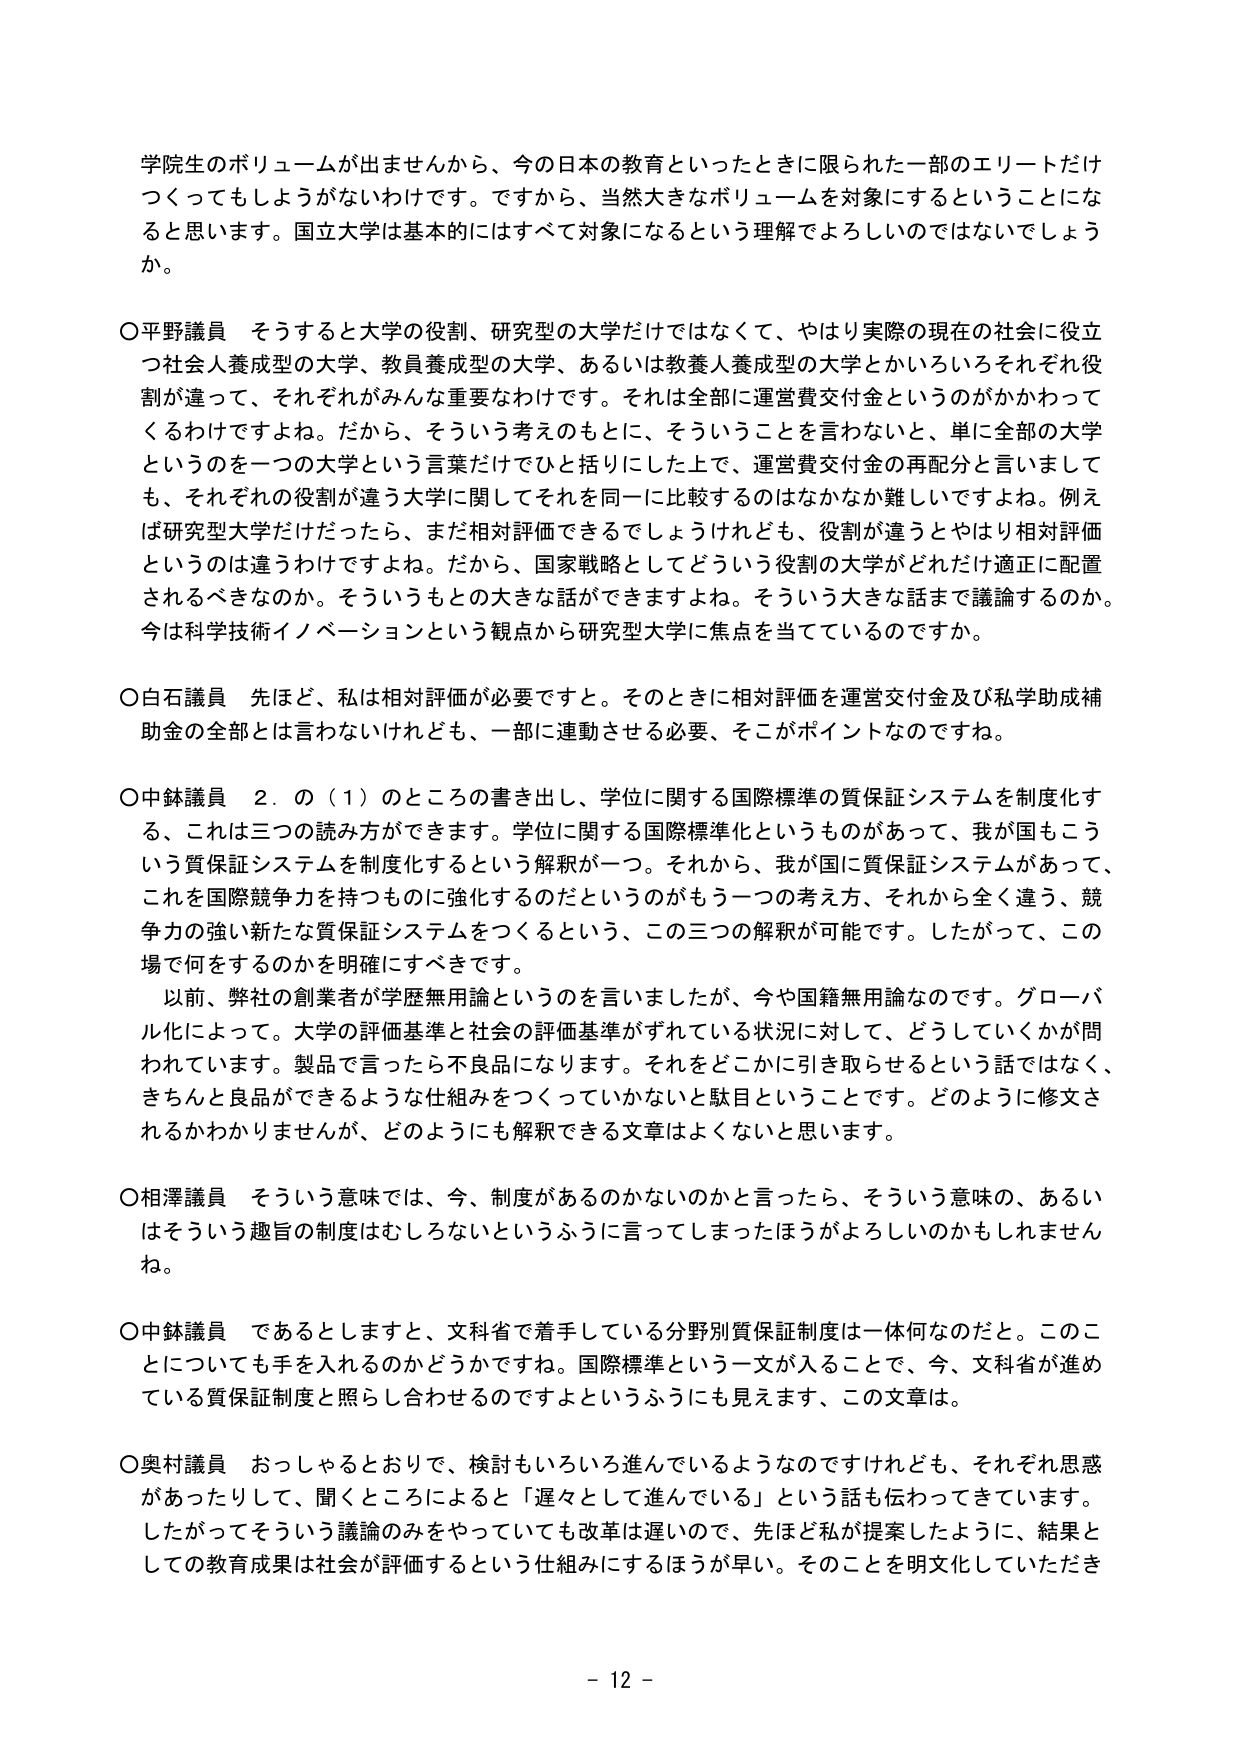
学院生のボリュームが出ませんから、今の日本の教育といったときに限られた一部のエリートだけ
つくってもしようがないわけです。ですから、当然大きなボリュームを対象にするということにな
ると思います。国立大学は基本的にはすべて対象になるという理解でよろしいのではないでしょうか。

○平野議員　そうすると大学の役割、研究型の大学だけではなくて、やはり実際の現在の社会に役立
つ社会人養成型の大学、教員養成型の大学、あるいは教養人養成型の大学とかいろいろそれぞれ役
割が違って、それぞれがみんな重要なわけです。それは全部に運営費交付金というのがかかわって
くるわけですよね。だから、そういう考えのもとに、そういうことを言わないと、単に全部の大学
というのを一つの大学という言葉だけでひと括りにした上で、運営費交付金の再配分と言いまして
も、それぞれの役割が違う大学に関してそれを同一に比較するのはなかなか難しいですよね。例え
ば研究型大学だけだったら、まだ相対評価できるでしょうけれども、役割が違うとやはり相対評価
というのは違うわけですよね。だから、国家戦略としてどういう役割の大学がどれだけ適正に配置
されるべきなのか。そういうものと大きな話ができますよね。そういう大きな話まで議論するのか。
今は科学技術イノベーションという観点から研究型大学に焦点を当てているのですか。

○白石議員　先ほど、私は相対評価が必要ですと。そのときに相対評価を運営交付金及び私学助成補
助金の全部とは言わないけれども、一部に連動させる必要、そこがポイントなのですね。

○中鉢議員　2．の（1）のところの書き出し、学位に関する国際標準の質保証システムを制度化す
る、これは三つの読み方ができます。学位に関する国際標準化というものがあって、我が国もこう
いう質保証システムを制度化するという解釈が一つ。それから、我が国に質保証システムがあって、
これを国際競争力を持つものに強化するのだというのもう一つの考え方、それから全く違う、競
争力の強い新たな質保証システムをつくるという、この三つの解釈が可能です。したがって、この
場で何をするのかを明確にすべきです。
　　以前、弊社の創業者が学歴無用論というのを言いましたが、今や国籍無用論なのです。グローバ
ル化によって。大学の評価基準と社会の評価基準がずれている状況に対して、どうしていくかが問
われています。製品で言ったら不良品になります。それをどこかに引き取らせるという話ではなく、
きちんと良品ができるような仕組みをつくっていかないと駄目ということです。どのように修文さ
れるかわかりませんが、どのようにも解釈できる文章はよくないと思います。

○相澤議員　そういう意味では、今、制度があるのかないのかと言ったら、そういう意味の、あるい
はそういう趣旨の制度はむしろないというふうに言ってしまったほうがよろしいのかもしれません
ね。

○中鉢議員　であるとしますと、文科省で着手している分野別質保証制度は一体何なのだと。このこ
とについても手を入れるのかどうかですね。国際標準という一文が入ることで、今、文科省が進め
ている質保証制度と照らし合わせるのですよというふうにも見えます、この文章は。

○奥村議員　おっしゃるとおりで、検討もいろいろ進んでいるようなのですけれども、それぞれ思惑
があったりして、聞くところによると「遅々として進んでいる」という話も伝わってきています。
したがってそういう議論のみをやっていても改革は遅いので、先ほど私が提案したように、結果と
しての教育成果は社会が評価するという仕組みにするほうが早い。そのことを明文化していただき

- 12 -